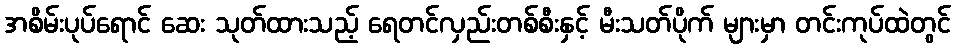
အစိမ်းပုပ်ရောင် ဆေး သုတ်ထားသည့် ရေတင်လှည်းတစ်စီးနှင့် မီးသတ်ပိုက် များမှာ တင်းကုပ်ထဲတွင်